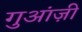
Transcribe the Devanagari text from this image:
गुआंज़ी